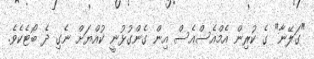
"ގަލޭނާ" ގެ ކުރިން އެމްއެސްއެސް އިން ގެންގުޅުނީ ކުއްޔަށް ނެގި ދެ ބޯޓެކެވެ.